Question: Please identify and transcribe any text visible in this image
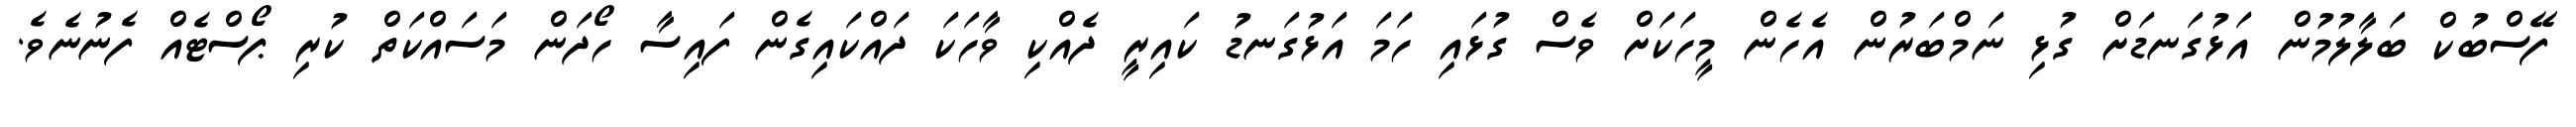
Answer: ފޭސްބުކް ބަލާލުމުން އަޅުގަނޑަށް ގުޅި ނަމްބަރުން އެހެން މީހަކަށް ވެސް ގުޅައި ހަމަ އަޅުގަނޑު ކައިރީ ދެއްކި ވާހަކަ ދައްކައިގެން ފައިސާ ހޯދަން މަސައްކަތް ކުރި ޕޯސްޓެއް ފެނުނެވެ.